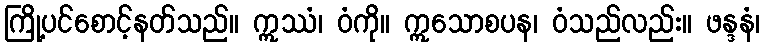
ကြို့ပင်စောင့်နတ်သည်။ ဣဿံ၊ ဝံကို။ ဣသောစပန၊ ဝံသည်လည်း။ ဖန္ဒနံ၊